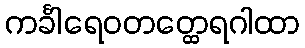
ကင်္ခါရေဝတတ္ထေရဂါထာ